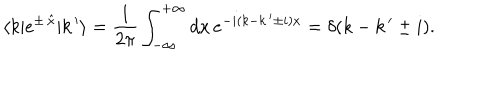
\langle k | e ^ { \pm \, \hat { x } } | k \, ^ { \prime } \rangle = \frac { 1 } { 2 \pi } \int _ { - \infty } ^ { + \infty } d x \, e ^ { - i ( k - k \, ^ { \prime } \pm i ) x } = \delta ( k - k \, ^ { \prime } \pm i ) .